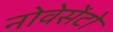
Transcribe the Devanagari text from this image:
नोवेसेंटो